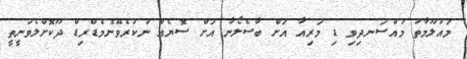
މައުލޫމާތު މުއްސަނދިވި ޑި މަރިއާ އަށް ބާސެލޯނާ އަށް ސޮޔެއް ނުކުރެވޭނެމެޑްރިޑް ދޫކޮށްލެވުނީތީ